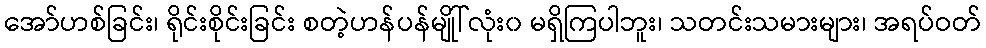
အော်ဟစ်ခြင်း၊ ရိုင်းစိုင်းခြင်း စတဲ့ဟန်ပန်မျိုါ်လုံး၀ မရှိကြပါဘူး၊ သတင်းသမားများ၊ အရပ်ဝတ်